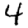
Digit: 4